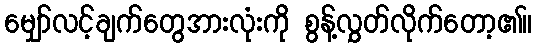
မျှော်လင့်ချက်တွေအားလုံးကို စွန့်လွှတ်လိုက်တော့၏။